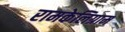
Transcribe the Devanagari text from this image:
रामकेलिग्राम